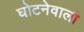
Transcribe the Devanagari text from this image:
घोटनेवाली